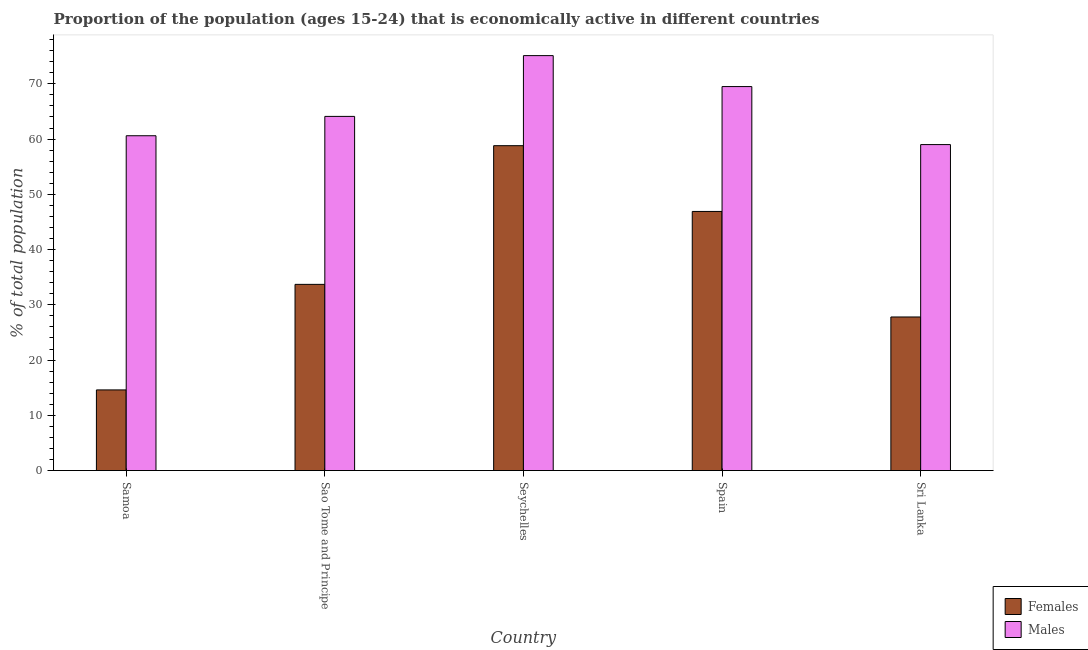
| Country | Females | Males |
 | --- | --- | --- |
 | Samoa | 14.6 | 60.6 |
 | Sao Tome and Principe | 33.7 | 64.1 |
 | Seychelles | 58.8 | 75.1 |
 | Spain | 46.9 | 69.5 |
 | Sri Lanka | 27.8 | 59 |